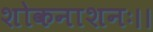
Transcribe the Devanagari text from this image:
शोकनाशनः।।